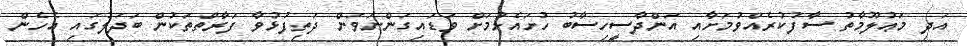
އަދި މަޢުލޫމާތު ސާފުކުރެއްވުމަށާއި އަންދާސީހިސާބު ހުށައެޅުމަށް ވަޑައިގަންނަވަން ދަތިފުޅުވާ ފަރާތްތަކުން ބަދަލުގައި އެހެން